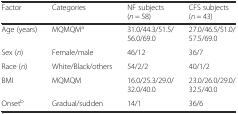
<table><thead><tr><td><b>Factor</b></td><td><b>Categories</b></td><td><b>NF subjects (<i>n</i> = 58)</b></td><td><b>CFS subjects (<i>n</i> = 43)</b></td></tr></thead><tbody><tr><td>Age (years)</td><td>MQMQM<sup>a</sup></td><td>31.0/44.3/51.5/56.0/69.0</td><td>27.0/46.5/51.0/57.5/69.0</td></tr><tr><td>Sex (<i>n</i>)</td><td>Female/male</td><td>46/12</td><td>36/7</td></tr><tr><td>Race (<i>n</i>)</td><td>White/Black/others</td><td>54/2/2</td><td>40/1/2</td></tr><tr><td>BMI</td><td>MQMQM</td><td>16.0/25.3/29.0/32.0/40.0</td><td>23.0/26.0/29.0/32.5/40.0</td></tr><tr><td>Onset<sup>b</sup></td><td>Gradual/sudden</td><td>14/1</td><td>36/6</td></tr></tbody></table>